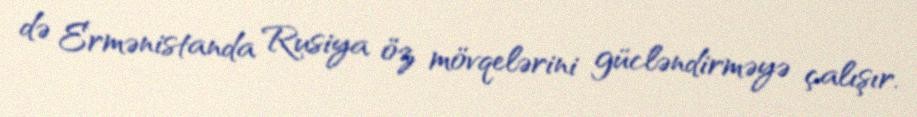
də Ermənistanda Rusiya öz mövqelərini gücləndirməyə çalışır.